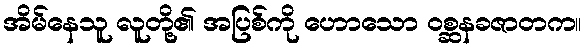
အိမ်နေသူ လူတို့၏ အပြစ်ကို ဟောသော ဝစ္ဆနခဇာတက။